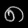
Digit: ၈